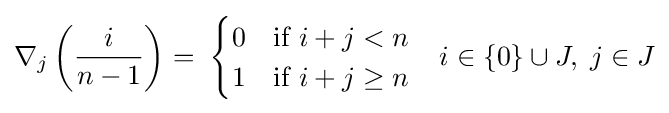
\nabla _{j}\left({\frac {i}{n-1}}\right)=\;{\begin{cases}0&{\mbox{if }}i+j<n\\1&{\mbox{if }}i+j\geq n\\\end{cases}}\quad i\in \{0\}\cup J,\;j\in J